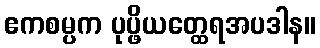
ဧကစမ္ပက ပုပ္ဖိယတ္ထေရအပဒါန။